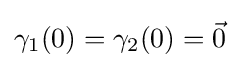
\gamma _{1}(0)=\gamma _{2}(0)={\vec {0}}